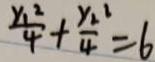
\frac { y _ { 1 } ^ { 2 } } { 4 } + \frac { y _ { 2 } } { 4 } = 6